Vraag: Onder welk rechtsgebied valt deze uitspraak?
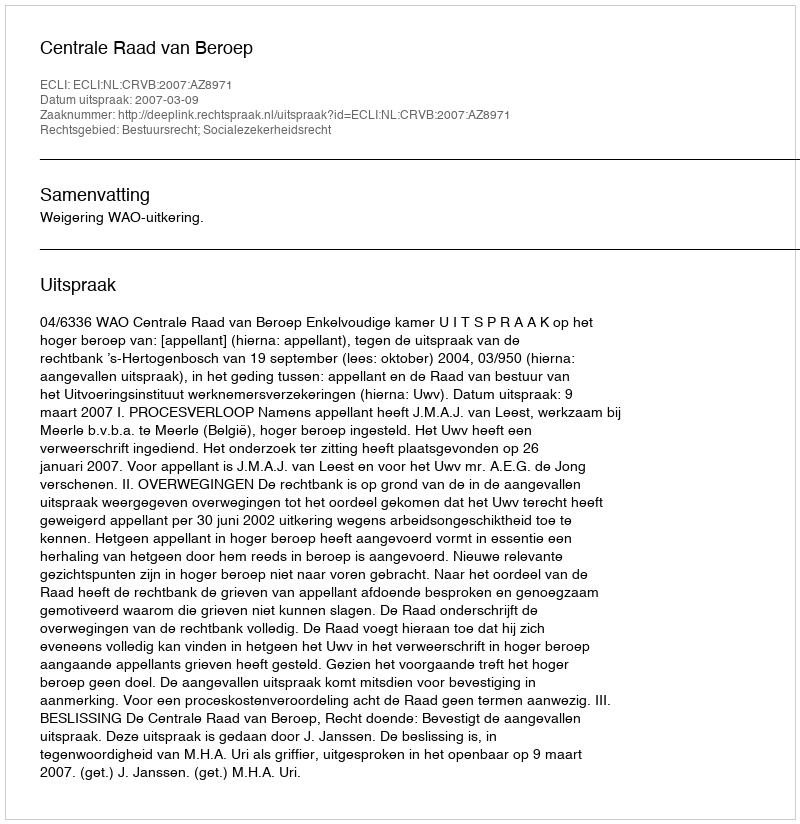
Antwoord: Bestuursrecht; Socialezekerheidsrecht